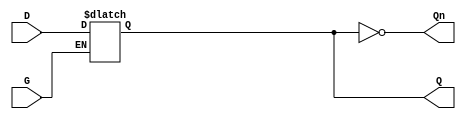
module gated_latch (
    input wire D,     // Data Input
    input wire G,     // Gate / Enable Signal
    output reg Q,     // Output
    output wire Qn    // Complement of Output
);

    // Instantiate the complement of the output
    assign Qn = ~Q;

    always @(*) begin
        if (G) begin
            Q = D;  // Transparent state: Q follows D when G is high
        end 
        // If G is low, Q retains its last value (hold state)
    end

endmodule